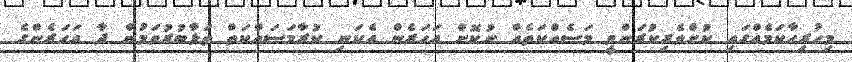
މިހުރިހާކަމެއްގައި ކުށްވެރިކުރަންވީ މަސެއްކަތެއް ނުކޮށް އަހަރެން އެކަނި ކުރާމަސައްކަތް ތަޅާބުރުވަމުން ދާ އަހަރެންގެ